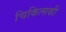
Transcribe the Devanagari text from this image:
चिकित्सकी